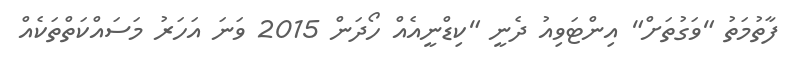
ފާތުމަތު "ވަގުތަށް" އިންޓަވިއު ދެނީ "ކިޑްނީއެއް ހޯދަން 2015 ވަނަ އަހަރު މަސައްކަތްތަކެއް